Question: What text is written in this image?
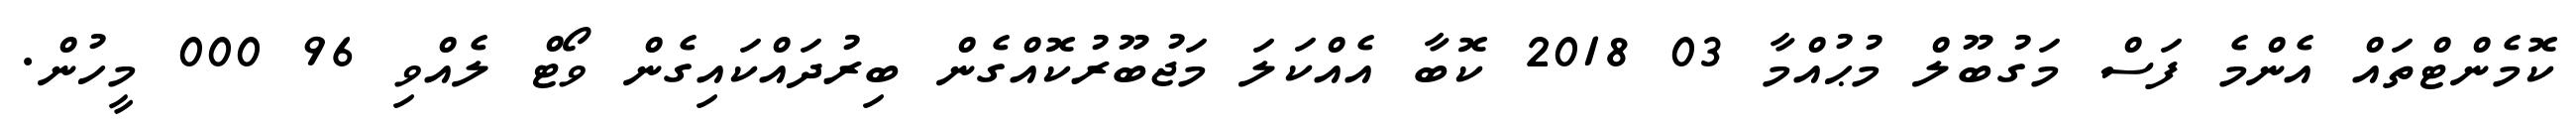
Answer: ކޮމެންޓްތައް އެންމެ ފަސް މަގުބޫލް މުޙުއްމާ 03 2018 ކޮބާ އެއްކަލަ މަޖުބޫރުކޮއްގެން ބިރުދައްކައިގެން ވޯޓް ލެއްވި 96 000 މީހުން.